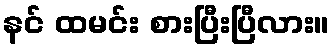
နင် ထမင်း စားပြီးပြီလား။